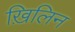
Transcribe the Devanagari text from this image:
ख़िलिन